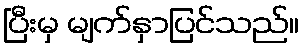
ပြီးမှ မျက်နှာပြင်သည်။